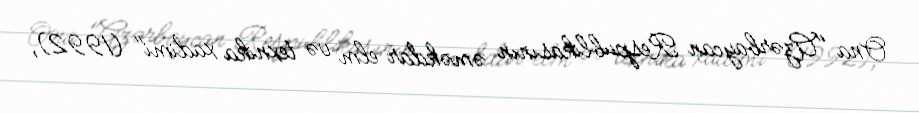
Ona "Azərbaycan Respublikasının əməkdar elm və texnika xadimi" (1992),